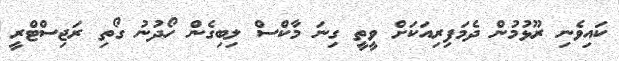
ކައިވެނި ރޫޅުމުން ދެމަފިރިއަކަށް ވީތީ ގިނަ މާކްސް ލިބިގެން ހޯދުނު ގޯތި ރަޖިސްޓްރީ